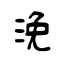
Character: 浼